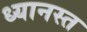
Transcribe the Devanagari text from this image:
ध्यानस्त